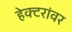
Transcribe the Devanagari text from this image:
हेक्टरांवर